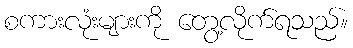
စကားလုံးများကို တွေ့လိုက်ရသည်။